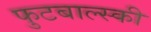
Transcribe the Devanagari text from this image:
फुटबाल्स्की